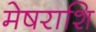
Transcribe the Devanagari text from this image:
मेषराशि